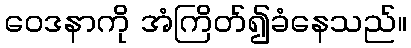
ဝေဒနာကို အံကြိတ်၍ခံနေသည်။